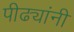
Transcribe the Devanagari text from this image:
पीढ्यांनी